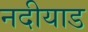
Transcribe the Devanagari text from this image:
नदीयाड